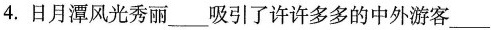
4.日月潭风光秀丽___吸引了许许多多的中外游客___